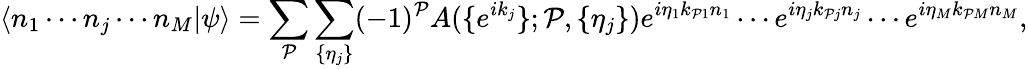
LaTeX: \langle n_{1}\cdots n_{j}\cdots n_{M}|\psi\rangle=\sum_{\mathcal{P}}\sum_{\{ \eta_{j}\} }(-1)^{\mathcal{P}}A(\{ e^{ik_{j}}\} ;\mathcal{P},\{ \eta_{j}\} )e^{i\eta_{1}k_{\mathcal{P}1}n_{1}}\cdots e^{i\eta_{j}k_{\mathcal{P}j}n_{j}}\cdots e^{i\eta_{M}k_{\mathcal{P}M}n_{M}},